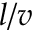
l / v